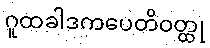
ဂူထခါဒကပေတိဝတ္ထု